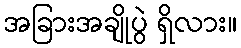
အခြားအချိုပွဲ ရှိလား။